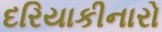
દરિયાકીનારો